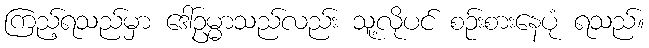
ကြည့်ရသည်မှာ ဒေါ်ဥမ္မာသည်လည်း သူ့လိုပင် စဉ်းစားနေပုံ ရသည်။